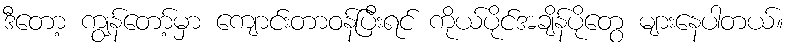
ဒီတော့ ကျွန်တော့်မှာ ကျောင်းတာဝန်ပြီးရင် ကိုယ်ပိုင်အချိန်ပိုတွေ များနေပါတယ်။